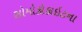
સોમોકોકાઇટના